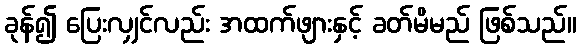
ခုန်၍ ပြေးလျှင်လည်း အထက်ဖျားနှင့် ခတ်မိမည် ဖြစ်သည်။